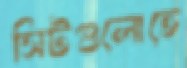
সিটগুলোতে